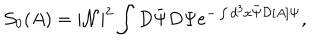
LaTeX: { \mathcal S } _ { 0 } ( A ) = | { \mathcal N } | ^ { 2 } \int D \bar { \Psi } D \Psi e ^ { - \int d ^ { 3 } x \bar { \Psi } { \mathcal D } [ A ] \Psi } ,